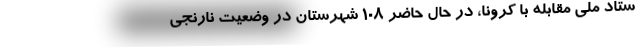
ستاد ملی مقابله با کرونا، در حال حاضر ۱۰۸ شهرستان در وضعیت نارنجی